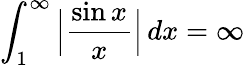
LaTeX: \int_{1}^{\infty}{\Big|}{\frac{\sin x}{x}}{\Big|}\, dx=\infty